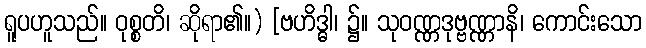
ရူပဟူသည်။ ဝုစ္စတိ၊ ဆိုရာ၏။) [ဗဟိဒ္ဓါ၊ ၌။ သုဝဏ္ဏဒုဗ္ဗဏ္ဏာနိ၊ ကောင်းသော